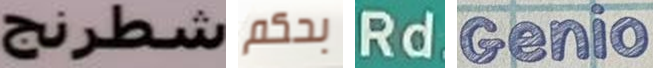
شطرنج بحكم Rd Genio